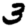
Digit: 3